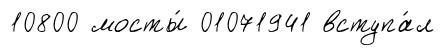
10800 мосты́ 01071941 вступа́л